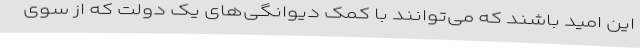
این امید باشند که می‌توانند با کمک دیوانگی‌های یک دولت که از سوی